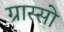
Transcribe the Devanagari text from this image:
ग्रास्सो